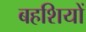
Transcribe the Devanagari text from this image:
बहशियों